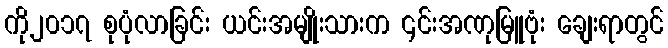
ကို၂၀၁၇ စုပုံလာခြင်း ယင်းအမျိုးသားက ၎င်းအဏုမြူဗုံး ချေးရာတွင်